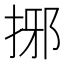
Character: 捓